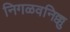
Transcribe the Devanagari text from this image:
निगळवनिक्कु